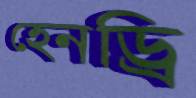
হেনড্রি